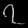
Digit: ၇